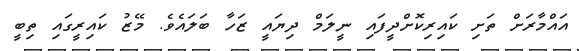
އައްމާރަށް ތަށި ކައިރިކޮށްދީފައި ނީލަމް ދިޔައީ ޒަހާ ބަލައެވެ. މޭޒު ކައިރީގައި ތިބީ